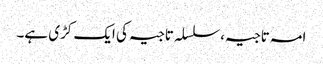
امہ تاجیہ،سلسلہ تاجیہ کی ایک کڑی ہے۔